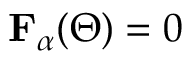
\mathbf { F } _ { \alpha } ( \boldsymbol { \Theta } ) = 0